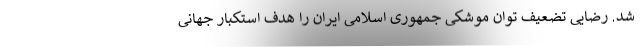
شد. رضایی تضعیف توان موشکی جمهوری اسلامی ایران را هدف استکبار جهانی